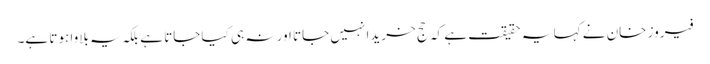
فیروز خان نے کہا یہ حقیقت ہے کہ حج خریدا نہیں جاتا اور نہ ہی کیا جاتا ہے بلکہ یہ بلاوا ہوتا ہے۔